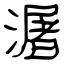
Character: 潳